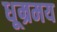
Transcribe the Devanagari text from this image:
धूम्रमय